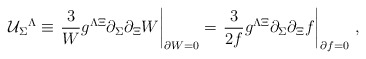
\begin{align*}{\cal U}_\Sigma{}^ \Lambda \equiv\left.\frac{3}{W} g^{\Lambda \Xi}\partial_\Sigma \partial_\Xi W\right|_{\partial W =0}=\left. \frac{3}{2f} g^{\Lambda \Xi}\partial_\Sigma \partial_\Xi f \right|_{\partial f =0} \,, \end{align*}